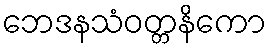
ဘေဒနသံဝတ္တနိကော